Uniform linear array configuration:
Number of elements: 16
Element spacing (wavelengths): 0.5
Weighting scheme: cosine
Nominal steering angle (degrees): -60
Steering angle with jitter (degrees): -61.3
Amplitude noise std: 0.05
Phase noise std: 0.05

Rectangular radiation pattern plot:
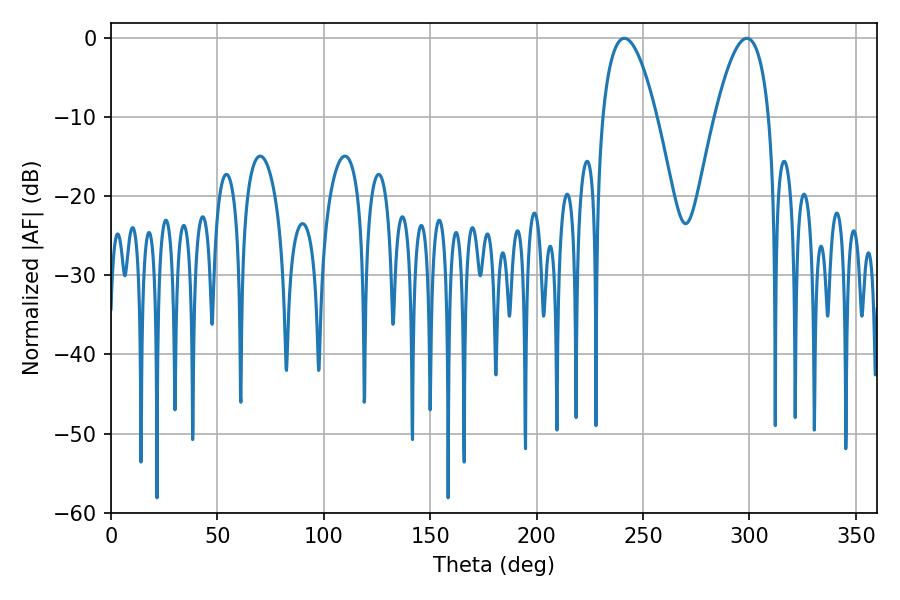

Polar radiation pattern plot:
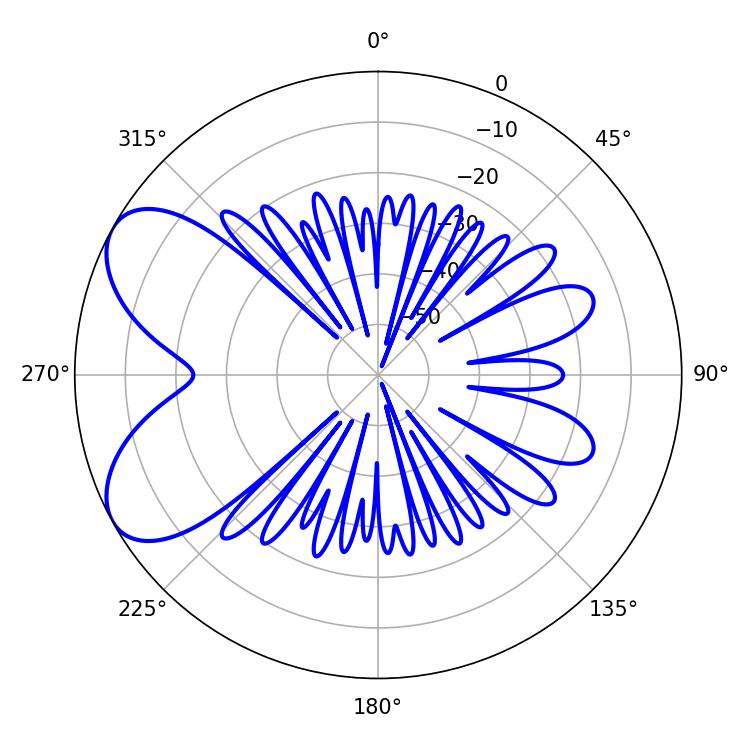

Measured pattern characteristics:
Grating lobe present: FALSE
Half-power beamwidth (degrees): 13.86
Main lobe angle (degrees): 241.2